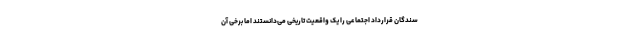
سندگان قرارداد اجتماعی را یک واقعیت تاریخی می‌دانستند اما برخی آن